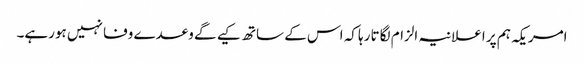
امریکہ ہم پر اعلانیہ الزام لگاتا رہا کہ اس کے ساتھ کیے گے وعدے وفا نہیں ہورہے۔